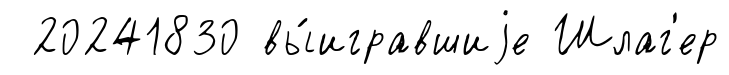
20241830 вы́игравшиjе Шлаг'ер